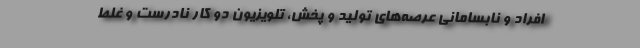
افراد و نابسامانی عرصه‌های تولید و پخش، تلویزیون دو کار نادرست و غلط